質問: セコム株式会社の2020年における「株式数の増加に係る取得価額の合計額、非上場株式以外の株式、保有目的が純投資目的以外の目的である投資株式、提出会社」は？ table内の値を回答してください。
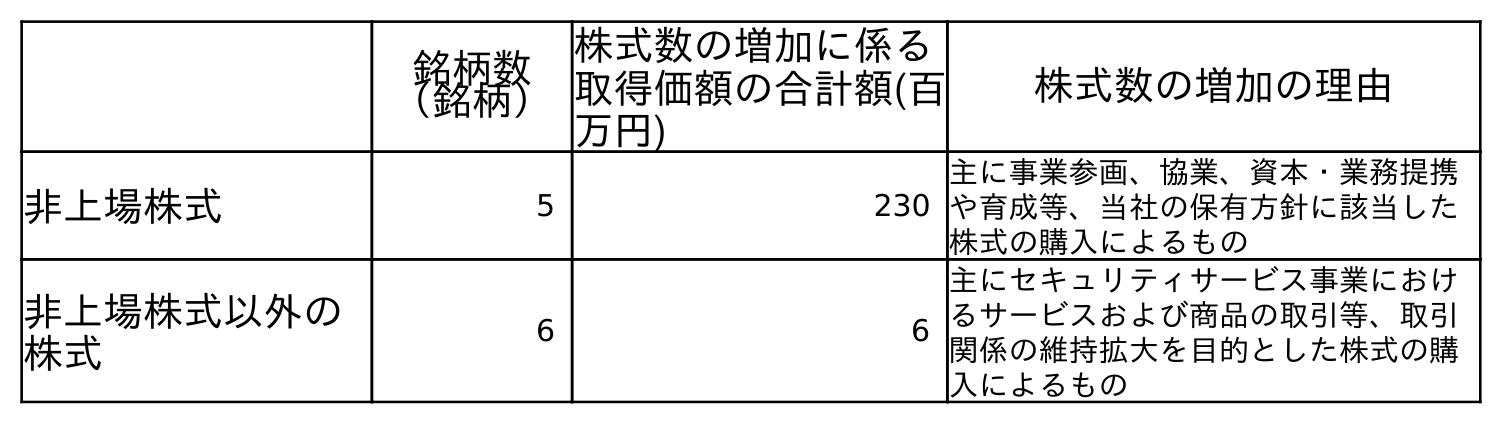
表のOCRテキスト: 銘柄数 （銘柄） 株式数の増加に係る 取得価額の合計額(百 万円) 株式数の増加の理由 非上場株式 5 230 主に事業参画、協業、資本・業務提携 や育成等、当社の保有方針に該当した 株式の購入によるもの 非上場株式以外の 株式 6 6 主にセキュリティサービス事業におけ るサービスおよび商品の取引等、取引 関係の維持拡大を目的とした株式の購 入によるもの
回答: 6